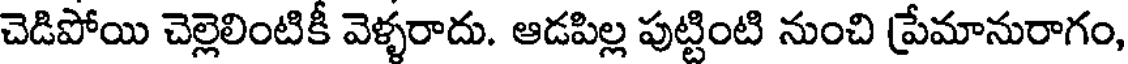
చెడిపోయి చెల్లెలింటికీ వెళ్ళరాదు. ఆడపిల్ల పుట్టింటి నుంచి ప్రేమానురాగం,